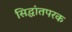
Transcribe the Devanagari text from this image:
सिद्धांतपरक